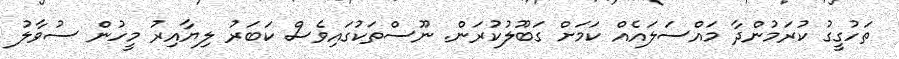
ތަހުގީގު ކުރަމުންދާ މައްސަލައެއް ކަމަށް ގަބޫލުކުރަން. ނޫސްތަކުގައިވެސް ކަބަރު ލިޔާއިރު މީހުން ސުވާލު